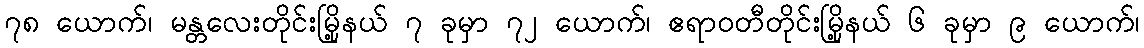
၇၈ ယောက်၊ မန္တလေးတိုင်းမြို့နယ် ၇ ခုမှာ ၇၂ ယောက်၊ ဧရာဝတီတိုင်းမြို့နယ် ၆ ခုမှာ ၉ ယောက်၊